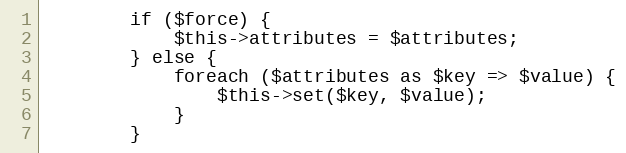
Language: PHP
        if ($force) {
            $this->attributes = $attributes;
        } else {
            foreach ($attributes as $key => $value) {
                $this->set($key, $value);
            }
        }